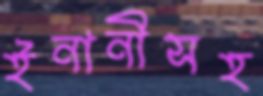
ইনানীসহ